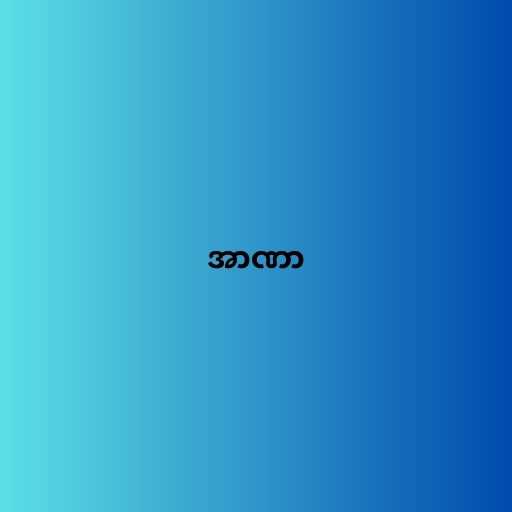
အာဏာ